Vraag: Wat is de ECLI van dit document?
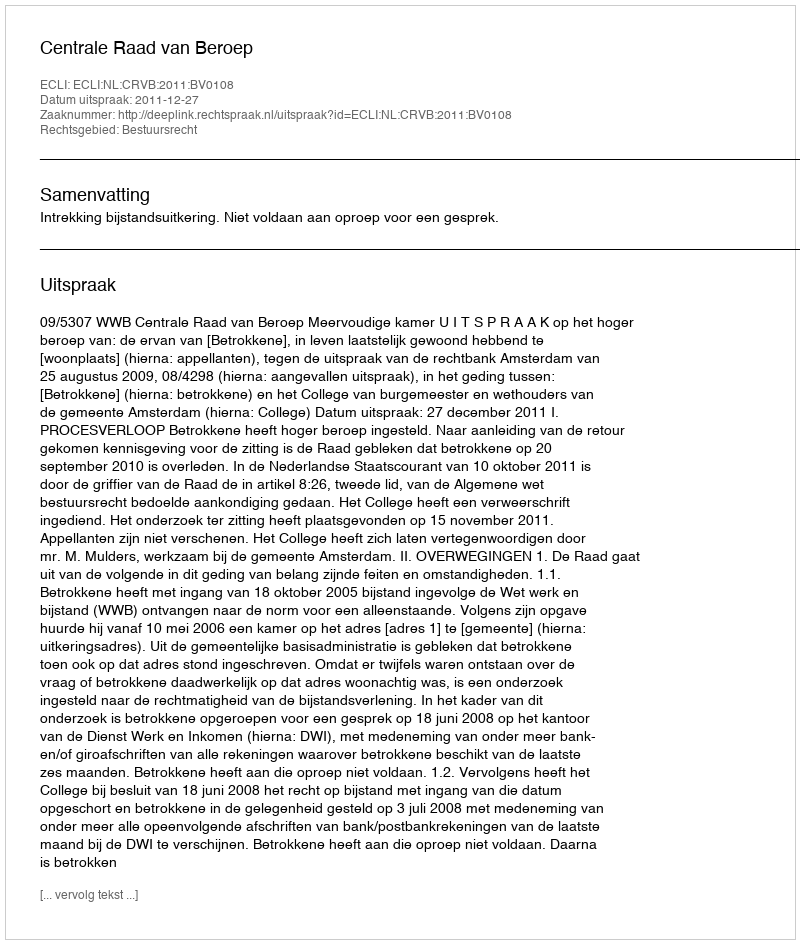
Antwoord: ECLI:NL:CRVB:2011:BV0108